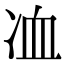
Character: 𠗅